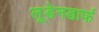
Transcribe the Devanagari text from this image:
लूडेनडार्फ